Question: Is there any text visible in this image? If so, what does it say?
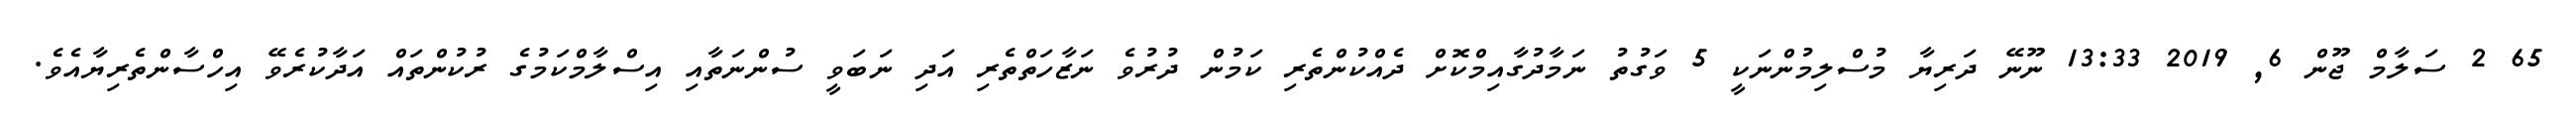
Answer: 65 2 ސަލާމް ޖޫން 6, 2019 13:33 ނޫނޭ ދަރިޔާ މުސްލިމުންނަކީ 5 ވަގުތު ނަމާދުގާއިމްކޮށް ދެއްކުންތެރި ކަމުން ދުރުވެ ނަޒާހަތްތެރި އަދި ނަބަވީ ސުންނަތާއި އިސްލާމްކަމުގެ ރުކުންތައް އަދާކުރެވޭ އިހްސާންތެރިޔާއެވެ.